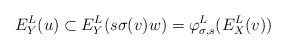
\begin{align*}E^L_Y(u) \subset E^L_Y(s\sigma(v)w) = \varphi^L_{\sigma, s}(E^L_X(v))\end{align*}